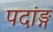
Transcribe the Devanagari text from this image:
पदांङ्ग